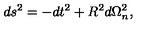
d s ^ { 2 } = - d t ^ { 2 } + R ^ { 2 } d \Omega _ { n } ^ { 2 } ,